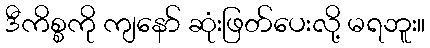
ဒီကိစ္စကို ကျနော် ဆုံးဖြတ်ပေးလို့ မရဘူး။